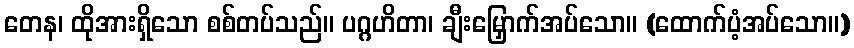
တေန၊ ထိုအားရှိသော စစ်တပ်သည်။ ပဂ္ဂဟိတာ၊ ချီးမြှောက်အပ်သော။ (ထောက်ပံ့အပ်သော။)